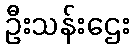
ဦးသန်းဌေး